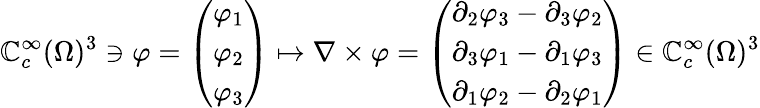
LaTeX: \mathbb{C}_{c}^{\infty}(\Omega)^{3}\ni\varphi=\left(\begin{array}{l}{\varphi_{1}}\\ {\varphi_{2}}\\ {\varphi_{3}}\end{array}\right)\mapsto\nabla\times\varphi=\left(\begin{array}{l}{\partial_{2}\varphi_{3}-\partial_{3}\varphi_{2}}\\ {\partial_{3}\varphi_{1}-\partial_{1}\varphi_{3}}\\ {\partial_{1}\varphi_{2}-\partial_{2}\varphi_{1}}\end{array}\right)\in\mathbb{C}_{c}^{\infty}(\Omega)^{3}